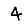
Digit: 4